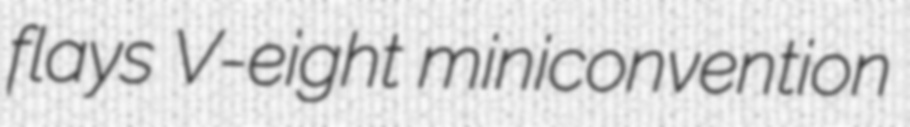
flays V-eight miniconvention